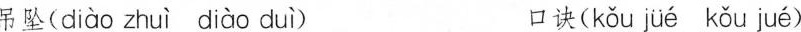
吊坠( diào zhuì diào duì ) 口诀( kǒu jüé kǒu jué )